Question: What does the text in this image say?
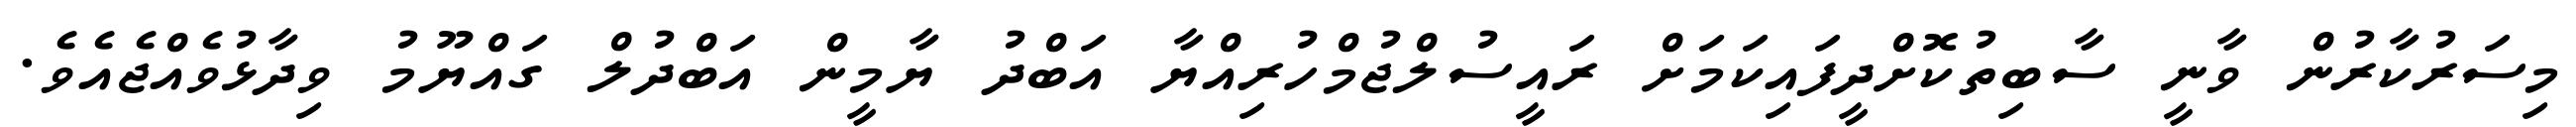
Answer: މިސަރުކާރުން ވާނީ ސާބިތުކޮށްދީފައިކަމަށް ރައީސުލްޖުމްހުރިއްޔާ އަބްދު ޔާމީން އަބްދުލް ގައްޔޫމު ވިދާޅުވެއްޖެއެވެ.